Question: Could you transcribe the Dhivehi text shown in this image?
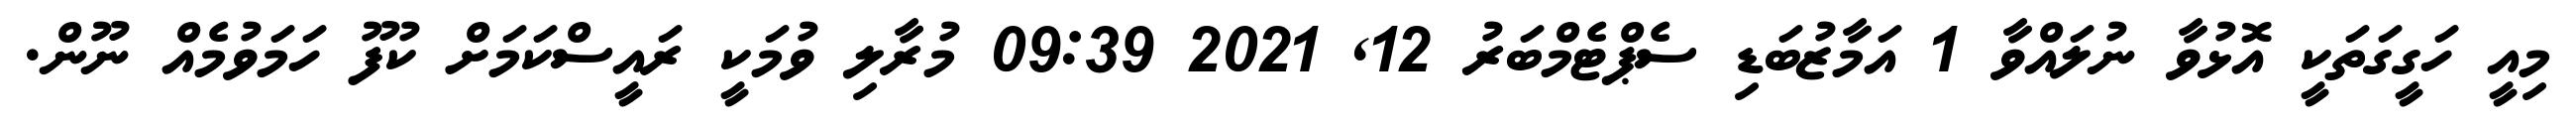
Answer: މިއީ ހަގީގަތަކީ އޮޅުވާ ނުލައްވާ 1 އަމާޒުބަޑި ސެޕްޓެމްބަރު 12, 2021 09:39 މުރާލި ވުމަކީ ރައީސްކަމަށް ކުފޫ ހަމަވުމެއް ނޫން.